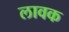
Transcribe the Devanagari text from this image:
लावक